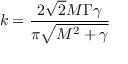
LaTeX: k = { \frac { 2 { \sqrt { 2 } } M \Gamma \gamma } { \pi { \sqrt { M ^ { 2 } + \gamma } } } } ~ ~ ~